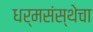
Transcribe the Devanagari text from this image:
धर्मसंस्थेचा